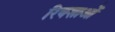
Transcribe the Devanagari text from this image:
रिक्शाओं